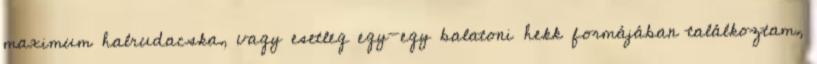
maximum halrudacska, vagy esetleg egy-egy balatoni hekk formájában találkoztam,